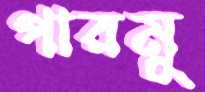
পারমু